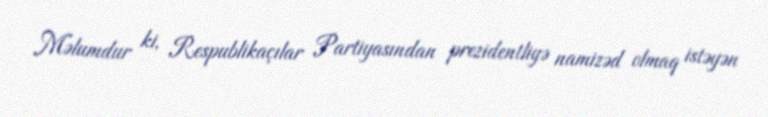
Məlumdur ki, Respublikaçılar Partiyasından prezidentliyə namizəd olmaq istəyən